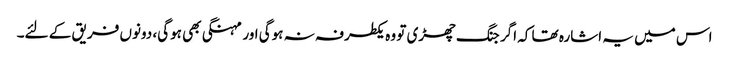
اس میں یہ اشارہ تھا کہ اگر جنگ چھڑی تو وہ یکطرفہ نہ ہوگی اور مہنگی بھی ہوگی، دونوں فریق کے لئے۔